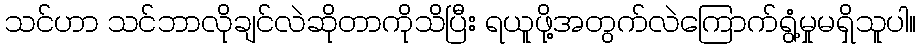
သင်ဟာ သင်ဘာလိုချင်လဲဆိုတာကိုသိပြီး ရယူဖို့အတွက်လဲကြောက်ရွံ့မှုမရှိသူပါ။